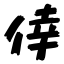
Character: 倖